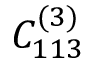
C _ { 1 1 3 } ^ { ( 3 ) }